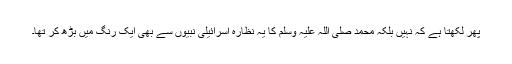
پھر لکھتا ہے کہ نہیں بلکہ محمد صلی اللہ علیہ وسلم کا یہ نظارہ اسرائیلی نبیوں سے بھی ایک رنگ میں بڑھ کر تھا۔